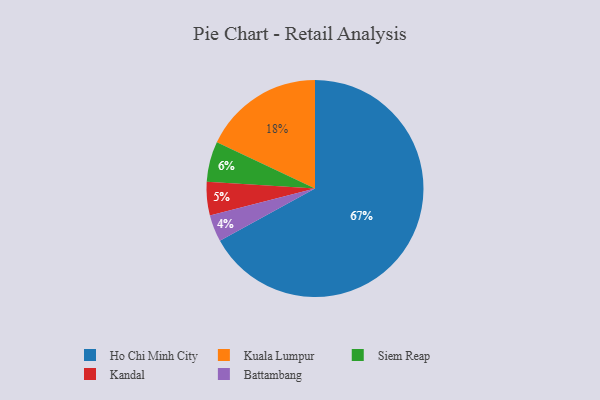
{"axis": {"x": "Category", "y": "Percentage"}, "legend": ["Battambang", "Ho Chi Minh City", "Kandal", "Kuala Lumpur", "Siem Reap"], "data": [{"x": "Ho Chi Minh City", "y": 67, "type": "Ho Chi Minh City"}, {"x": "Battambang", "y": 4, "type": "Battambang"}, {"x": "Kandal", "y": 5, "type": "Kandal"}, {"x": "Siem Reap", "y": 6, "type": "Siem Reap"}, {"x": "Kuala Lumpur", "y": 18, "type": "Kuala Lumpur"}]}